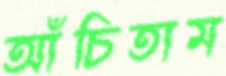
আঁচিতাম